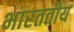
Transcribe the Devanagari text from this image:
भारततीय